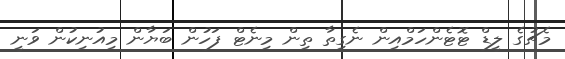
މެޗުގެ ލީޑް ޓޮޓެންހަމްއިން ނެގިތާ ތިން މިނެޓް ފަހުން ބަޔާން މިއުނިކުން ވަނީ